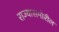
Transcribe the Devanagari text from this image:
राज्यासमोरील